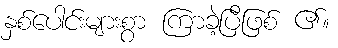
နှစ်ပေါင်းများစွာ ကြာခဲ့ပြီဖြစ် ၏။